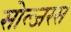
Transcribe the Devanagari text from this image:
सोल्जरस